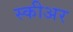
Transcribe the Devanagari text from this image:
स्कीअर